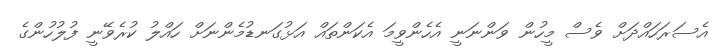
އެސަރަހައްދަށް ވެސް މީހުން ވަންނަނީ އެހެންވީމަ އެކަންތައް އަޅުގަނޑުމެންނަށް ހައްލު ކުރެވޭނީ ފުލުހުންގެ